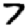
Digit: 7